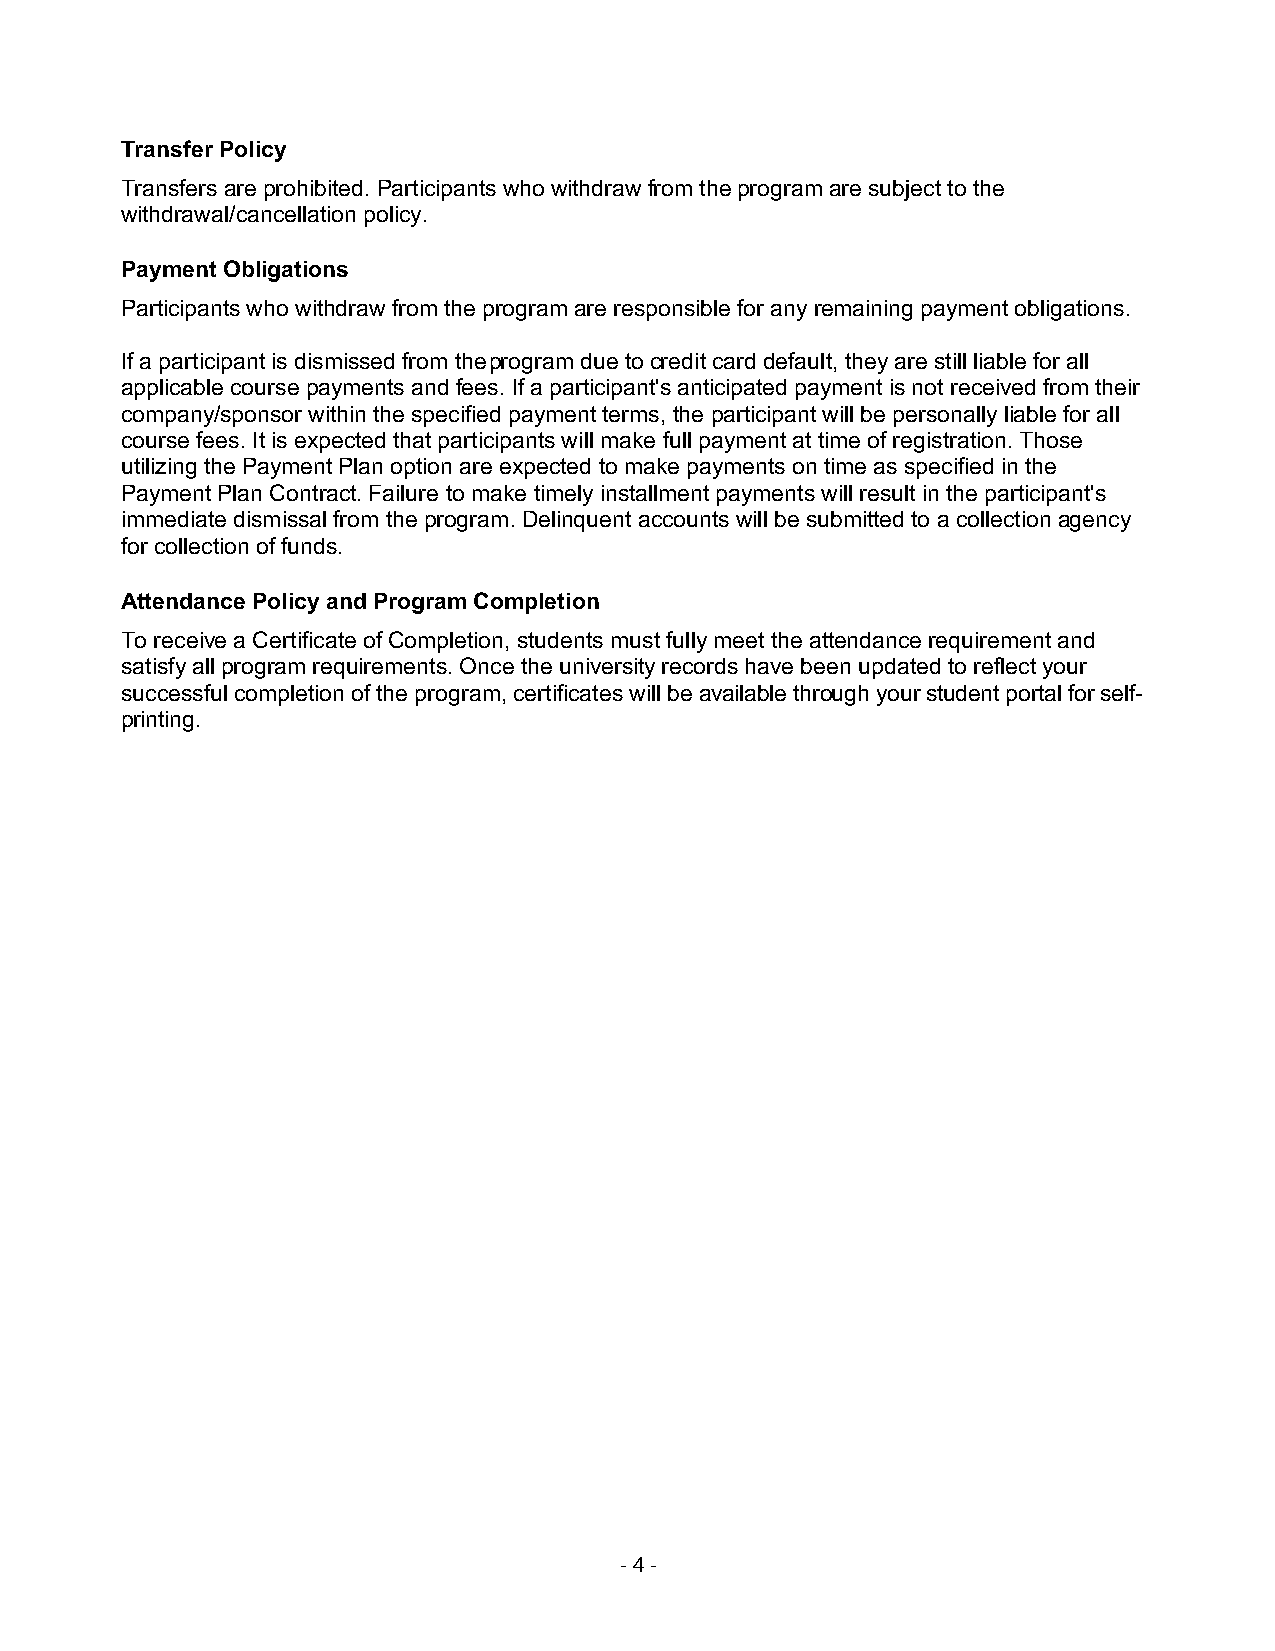
Transfer Policy
 Transfers are prohibited. Participants who withdraw from the program are subject to the
 withdrawal/cancellation policy.
 Payment Obligations
 Participants who withdraw from the program are responsible for any remaining payment obligations.
 If a participant is dismissed from the program due to credit card default, they are still liable for all
 applicable course payments and fees. If a participant's anticipated payment is not received from their
 company/sponsor within the specified payment terms, the participant will be personally liable for all
 course fees. It is expected that participants will make full payment at time of registration. Those
 utilizing the Payment Plan option are expected to make payments on time as specified in the
 Payment Plan Contract. Failure to make timely installment payments will result in the participant's
 immediate dismissal from the program. Delinquent accounts will be submitted to a collection agency
 for collection of funds.
 Attendance Policy and Program Completion
 To receive a Certificate of Completion, students must fully meet the attendance requirement and
 satisfy all program requirements. Once the university records have been updated to reflect your
 successful completion of the program, certificates will be available through your student portal for self-
 printing.
 - 4 -